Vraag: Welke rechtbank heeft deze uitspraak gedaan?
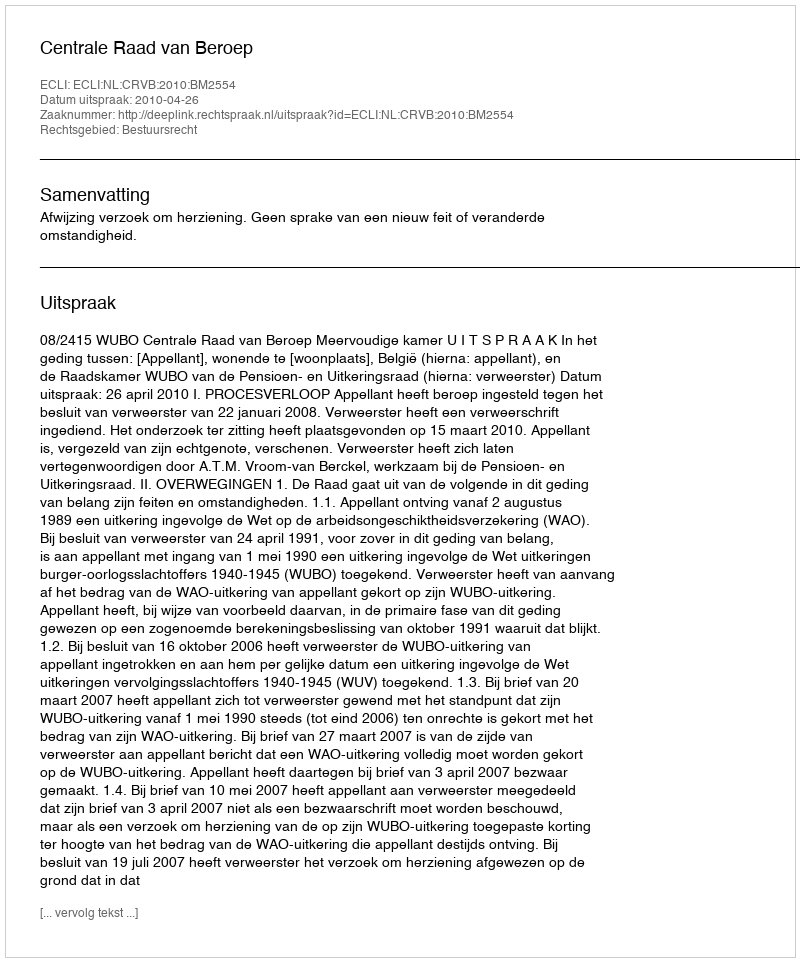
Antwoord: Centrale Raad van Beroep